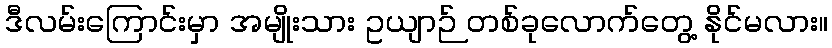
ဒီလမ်းကြောင်းမှာ အမျိုးသား ဥယျာဉ် တစ်ခုလောက်တွေ့ နိုင်မလား။